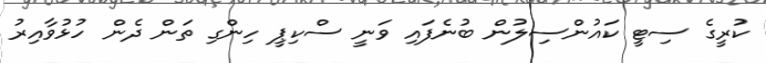
ކުރީގެ ސިޓީ ކައުންސިލުން ބުނެފައި ވަނީ ސްކިޕީ ހިންގި ތަން ދެން ހުޅުވާއިރު